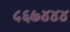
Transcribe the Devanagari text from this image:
५६७४४४